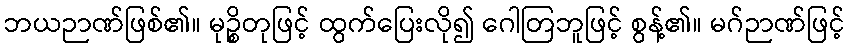
ဘယဉာဏ်ဖြစ်၏။ မုဉ္စိတုဖြင့် ထွက်ပြေးလို၍ ဂေါတြဘူဖြင့် စွန့်၏။ မဂ်ဉာဏ်ဖြင့်